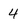
Character: 4